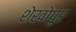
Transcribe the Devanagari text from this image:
शेखोपुर